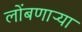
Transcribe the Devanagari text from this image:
लोंबणाऱ्या